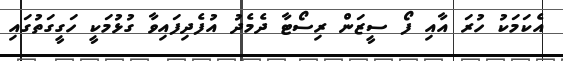
އެކަމަކު ހުރަ އާއި ފޯ ސީޒަން ރިސޯޓާ ދެމެދު އުފެދިފައިވާ ގުޅުމަކީ ހަގީގަތުގައި